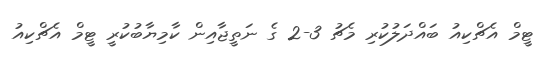
ޓީމް އެޗްކިއު ބައްދަލުކުރި މެޗު 3-2 ގެ ނަތީޖާއިން ކާމިޔާބުކުރީ ޓީމް އެޗްކިއު